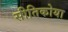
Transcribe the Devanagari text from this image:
सीतिकोया